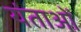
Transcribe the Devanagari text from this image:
यंताओं